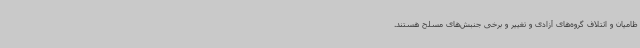
ظامیان و ائتلاف گروه‌های آزادی و تغییر و برخی جنبش‌های مسلح هستند.